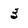
Character: 3